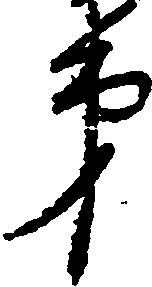
第